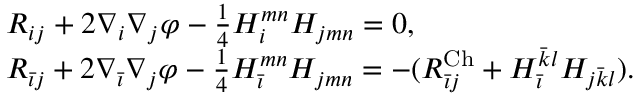
\begin{array} { r l } & { R _ { i j } + 2 \nabla _ { i } \nabla _ { j } \varphi - \frac { 1 } { 4 } H _ { i } ^ { m n } H _ { j m n } = 0 , } \\ & { R _ { \Bar { \imath } j } + 2 \nabla _ { \Bar { \imath } } \nabla _ { j } \varphi - \frac { 1 } { 4 } H _ { \Bar { \imath } } ^ { m n } H _ { j m n } = - ( R _ { \Bar { \imath } j } ^ { \mathrm { C h } } + H _ { \Bar { \imath } } ^ { \Bar { k } l } H _ { j \Bar { k } l } ) . } \end{array}